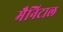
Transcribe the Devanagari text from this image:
मैनिटाल